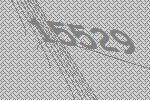
15529